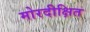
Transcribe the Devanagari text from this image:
मोरदीक्षित